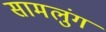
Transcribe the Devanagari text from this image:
सामलुंग